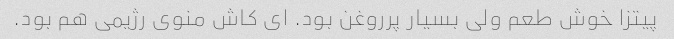
پیتزا خوش طعم ولی بسیار پرروغن بود. ای کاش منوی رژیمی هم بود.